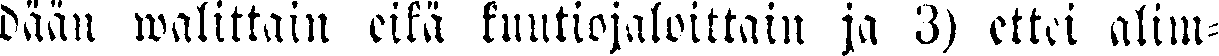
dään walittain eikä kuutiojaloittain ja 3) ettei alim-